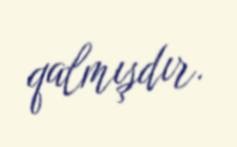
qalmışdır.